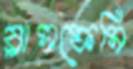
ব্লাসফেমি